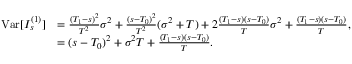
\begin{array} { r l } { \mathrm { V a r } [ I _ { s } ^ { ( 1 ) } ] } & { = \frac { ( T _ { 1 } - s ) ^ { 2 } } { T ^ { 2 } } \sigma ^ { 2 } + \frac { ( s - T _ { 0 } ) ^ { 2 } } { T ^ { 2 } } ( \sigma ^ { 2 } + T ) + 2 \frac { ( T _ { 1 } - s ) ( s - T _ { 0 } ) } { T } \sigma ^ { 2 } + \frac { ( T _ { 1 } - s ) ( s - T _ { 0 } ) } { T } , } \\ & { = ( s - T _ { 0 } ) ^ { 2 } + \sigma ^ { 2 } T + \frac { ( T _ { 1 } - s ) ( s - T _ { 0 } ) } { T } . } \end{array}